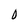
Character: D